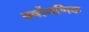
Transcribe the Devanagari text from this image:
वर्षोगणिक